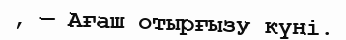
, — Ағаш отырғызу күні.